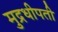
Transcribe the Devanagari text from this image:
मुद्रधीपती